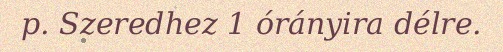
p. Szeredhez 1 órányira délre.